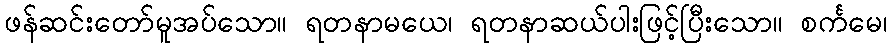
ဖန်ဆင်းတော်မူအပ်သော။ ရတနာမယေ၊ ရတနာဆယ်ပါးဖြင့်ပြီးသော။ စင်္ကမေ၊